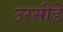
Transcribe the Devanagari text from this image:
उरसीडे